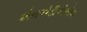
એનએડીપીએચ